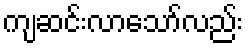
ကျဆင်းလာသော်လည်း